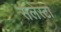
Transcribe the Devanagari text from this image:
सेलेस्टा